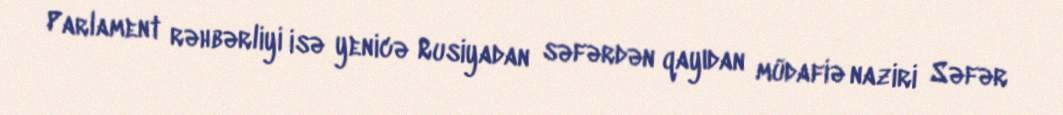
Parlament rəhbərliyi isə yenicə Rusiyadan səfərdən qayıdan müdafiə naziri Səfər